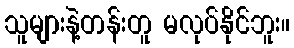
သူများနဲ့တန်းတူ မလုပ်နိုင်ဘူး။